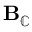
\mathbf { B } _ { \mathbb { C } }